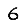
Digit: 6